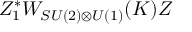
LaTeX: Z _ { 1 } ^ { * } W _ { S U ( 2 ) \otimes U ( 1 ) } ( K ) Z